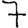
Digit: 7